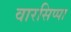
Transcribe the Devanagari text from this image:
वारसिप्पा